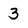
Character: 3